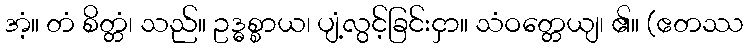
အံ့။ တံ စိတ္တံ၊ သည်။ ဥဒ္ဓစ္စာယ၊ ပျံ့လွင့်ခြင်းငှာ။ သံဝတ္တေယျ၊ ၏။ (ဧတဿ